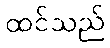
ထင်သည်